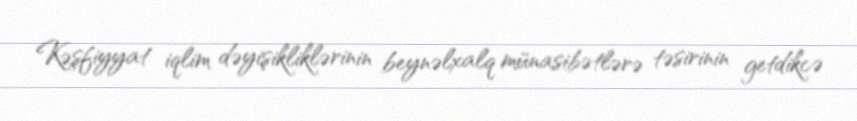
Kəşfiyyat iqlim dəyişikliklərinin beynəlxalq münasibətlərə təsirinin getdikcə